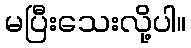
မပြီးသေးလို့ပါ။